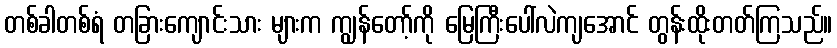
တစ်ခါတစ်ရံ တခြားကျောင်းသား များက ကျွန်တော့်ကို မြေကြီးပေါ်လဲကျအောင် တွန်းထိုးတတ်ကြသည်။